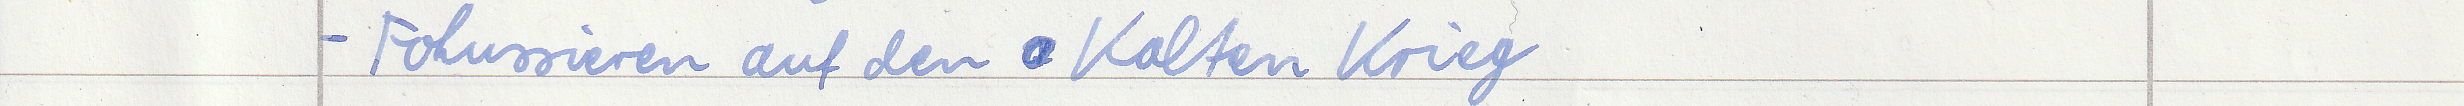
- Fokussieren auf den Kalten Krieg